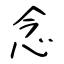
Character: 念